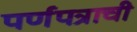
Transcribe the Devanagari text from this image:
पर्णपत्राची